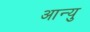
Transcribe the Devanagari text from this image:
आन्यु